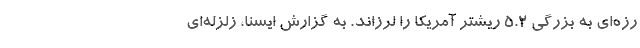
رزه‌ای به بزرگی ۵.۲ ریشتر آمریکا را لرزاند. به گزارش ایسنا، زلزله‌ای